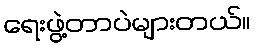
ရေးဖွဲ့တာပဲများတယ်။